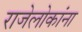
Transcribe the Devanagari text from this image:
राजेलोकांना